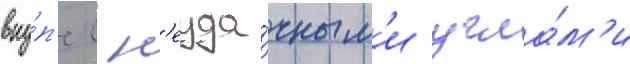
вку́п'е с н'еуда́чным'и угла́м'и